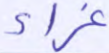
غراء